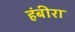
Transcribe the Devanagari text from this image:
हंबीरा